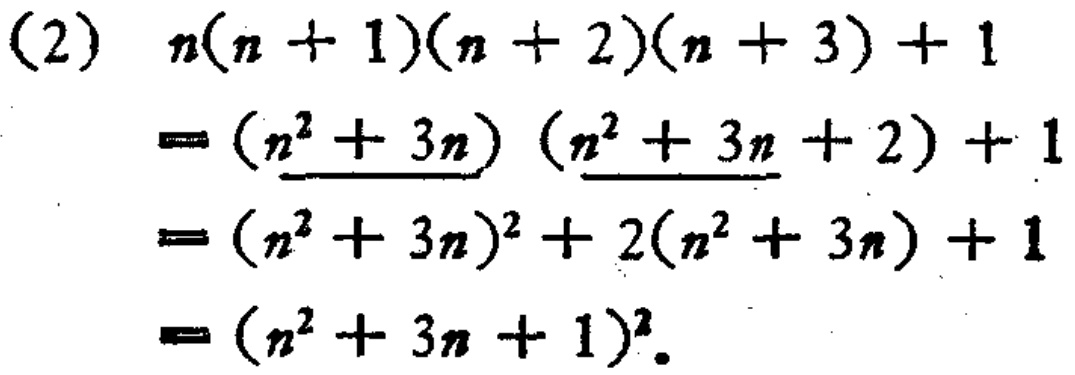
\begin{align*}

&n(n + 1)(n + 2)(n + 3)+1\\

=&(n^{2}+3n)(n^{2}+3n + 2)+1\\

=&(n^{2}+3n)^{2}+2(n^{2}+3n)+1\\

=&(n^{2}+3n + 1)^{2}

\end{align*}